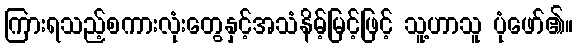
ကြားရသည့်စကားလုံးတွေနှင့်အသံနိမ့်မြင့်ဖြင့် သူ့ဟာသူ ပုံဖော်၏။